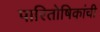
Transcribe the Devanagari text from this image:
पारितोषिकांची